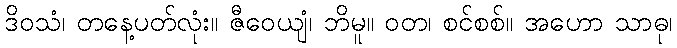
ဒိဝသံ၊ တနေ့ပတ်လုံး။ ဇီဝေယျံ၊ ဘိမူ။ ဝတ၊ စင်စစ်။ အဟော သာဓု၊